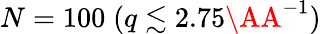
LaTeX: N=100\; (q\lesssim 2.75\AA^{-1})